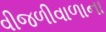
વીજળીવાળાના